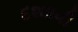
દશાાવી